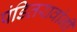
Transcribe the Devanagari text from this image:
पंडितरावांनी